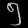
Digit: ၅